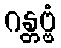
ဂန္တဗ္ဗံ